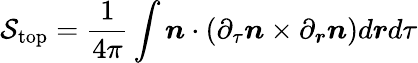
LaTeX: \mathcal{S}_{\mathrm{top}}=\frac{1}{4\pi}\int{\boldsymbol{n}}\cdot\left(\partial_{\tau}\boldsymbol{n}\times\partial_{\boldsymbol{r}}\boldsymbol{n}\right)d\boldsymbol{r}d\tau